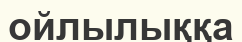
ойлылыққа